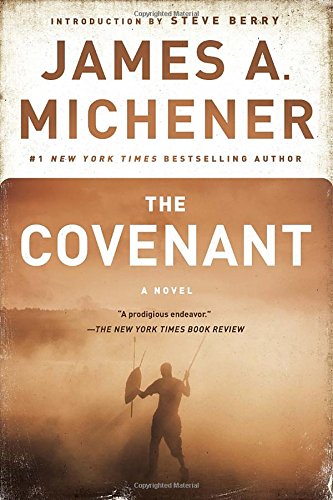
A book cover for The Covenant: A Novel; James A. Michener; Literature & Fiction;